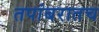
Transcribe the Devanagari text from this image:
तपांबरातच